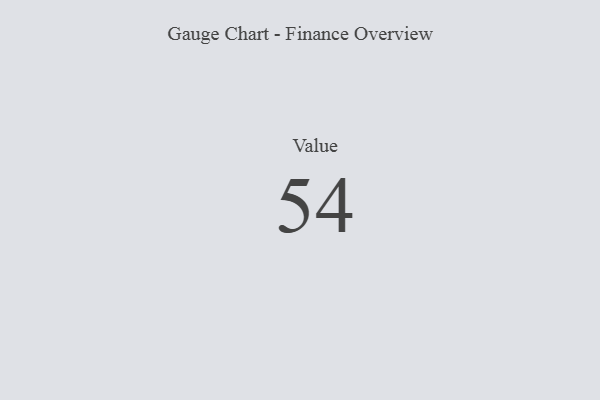
{"axis": {"x": "Metric", "y": "Value"}, "legend": [""], "data": [{"x": "Value", "y": 54, "type": ""}]}